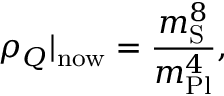
\rho _ { Q } \vert _ { \mathrm { n o w } } = \frac { m _ { \mathrm { S } } ^ { 8 } } { m _ { \mathrm { P l } } ^ { 4 } } ,